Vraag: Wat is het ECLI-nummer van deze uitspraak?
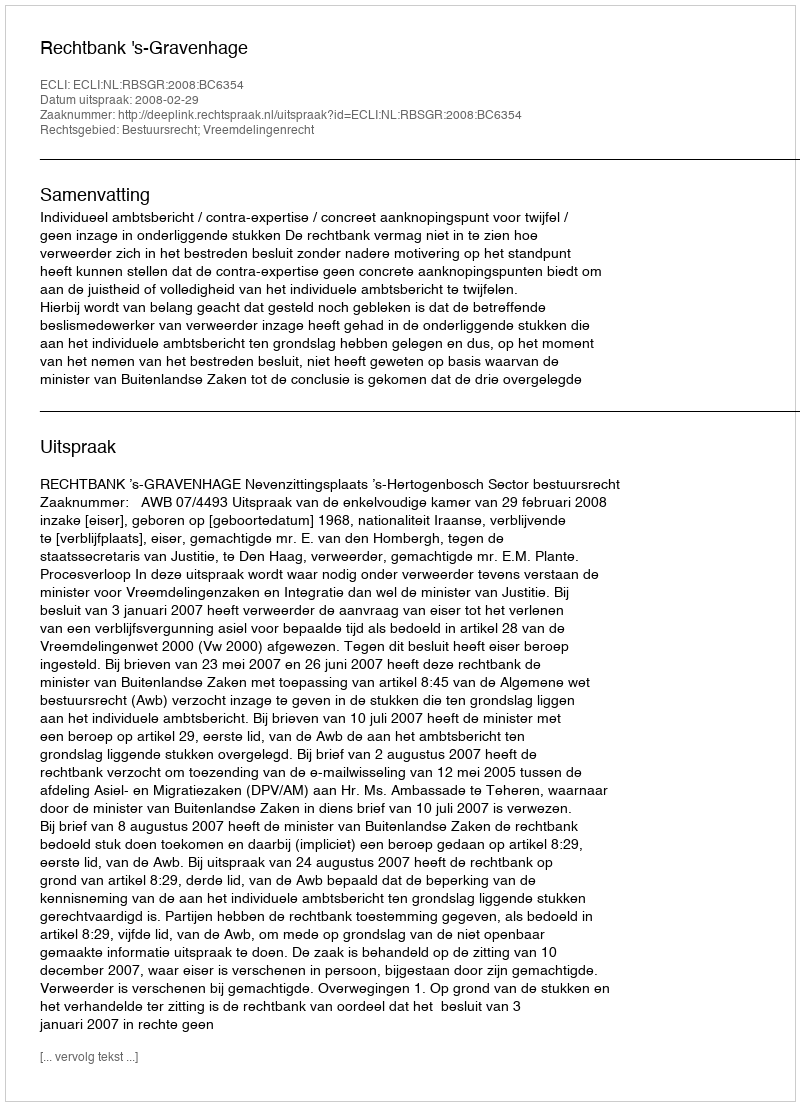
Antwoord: ECLI:NL:RBSGR:2008:BC6354